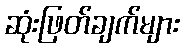
ဆုံးဖြတ်ချက်များ